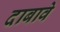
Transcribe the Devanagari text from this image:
दाबावे